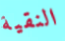
النقية